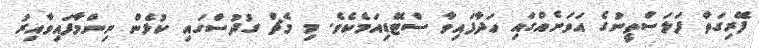
ފޭރިގަތް ފަލަސްތީނުގެ އަވަށެއްގައި ހަދާފައިވާ ސްޓޭޑިއަމެކެވެ. މި މެޗް ގުދުސްގައި ކުޅެން ނިންމާފައިވާއިރު